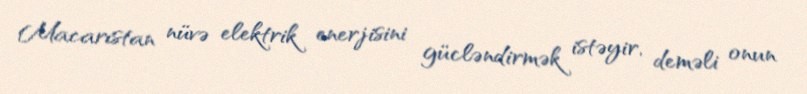
Macarıstan nüvə elektrik enerjisini gücləndirmək istəyir, deməli onun